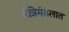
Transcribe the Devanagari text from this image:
मंत्रिमंडलात